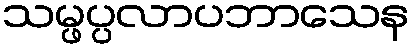
သမ္ဖပ္ပလာပဘာသေန